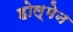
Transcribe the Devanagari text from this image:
होल्मेन